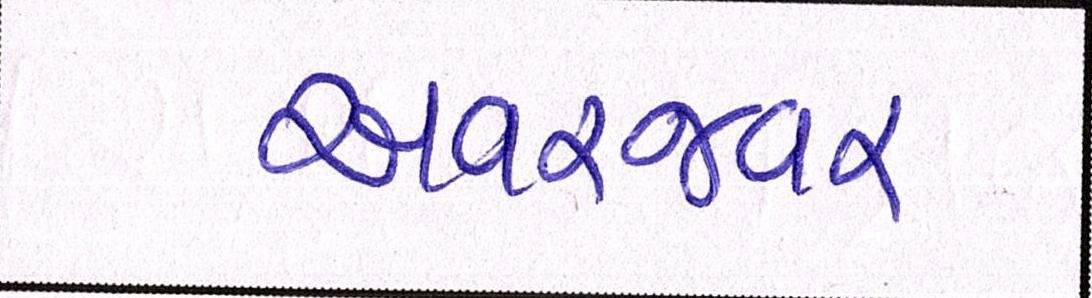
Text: અવરજવર